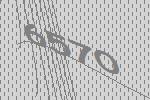
6570